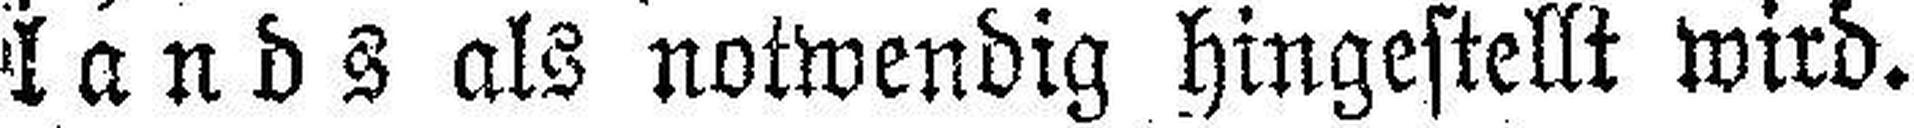
lands als notwendig hingestellt wird.